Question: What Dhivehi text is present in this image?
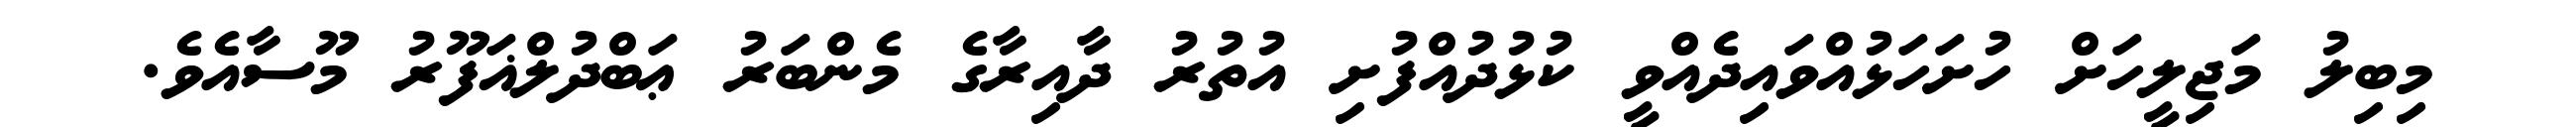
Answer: މިބިލު މަޖިލީހަށް ހުށަހަޅުއްވައިދެއްވީ ކުޅުދުއްފުށި އުތުރު ދާއިރާގެ މެންބަރު ޢަބްދުލްޣަފޫރު މޫސާއެވެ.